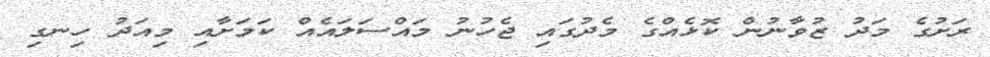
ރަށުގެ މަދު ޒުވާނުން ކޮޅެއްގެ މެދުގައި ޖެހުނު މައްސަލައެއް ކަމަށާއި މިއަދު ހިނގި